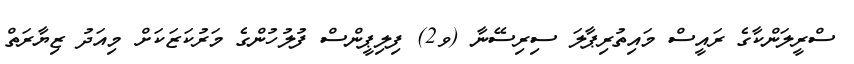
ސްރީލަންކާގެ ރައީސް މައިތުރިޕާލަ ސިރިސޭނާ (ވ2) ފިލިޕީންސް ފުލުހުންގެ މަރުކަޒަކަށް މިއަދު ޒިޔާރަތް